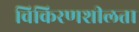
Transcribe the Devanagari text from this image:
विकिरणशीलता